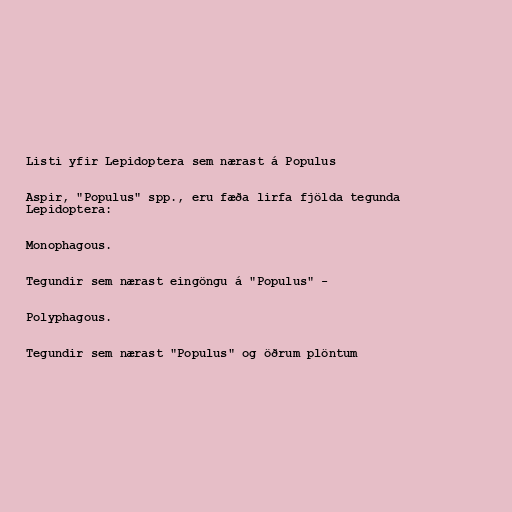
Listi yfir Lepidoptera sem nærast á Populus

Aspir, "Populus" spp., eru fæða lirfa fjölda tegunda
Lepidoptera:

Monophagous.

Tegundir sem nærast eingöngu á "Populus" -

Polyphagous.

Tegundir sem nærast "Populus" og öðrum plöntum